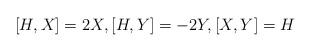
LaTeX: \begin{align*}[H,X]=2X,[H,Y]=-2Y,[X,Y]=H\end{align*}